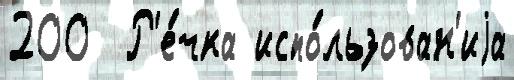
200  Р'е́чка испо́льзован'иjа